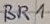
Text: BR1